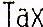
TAX